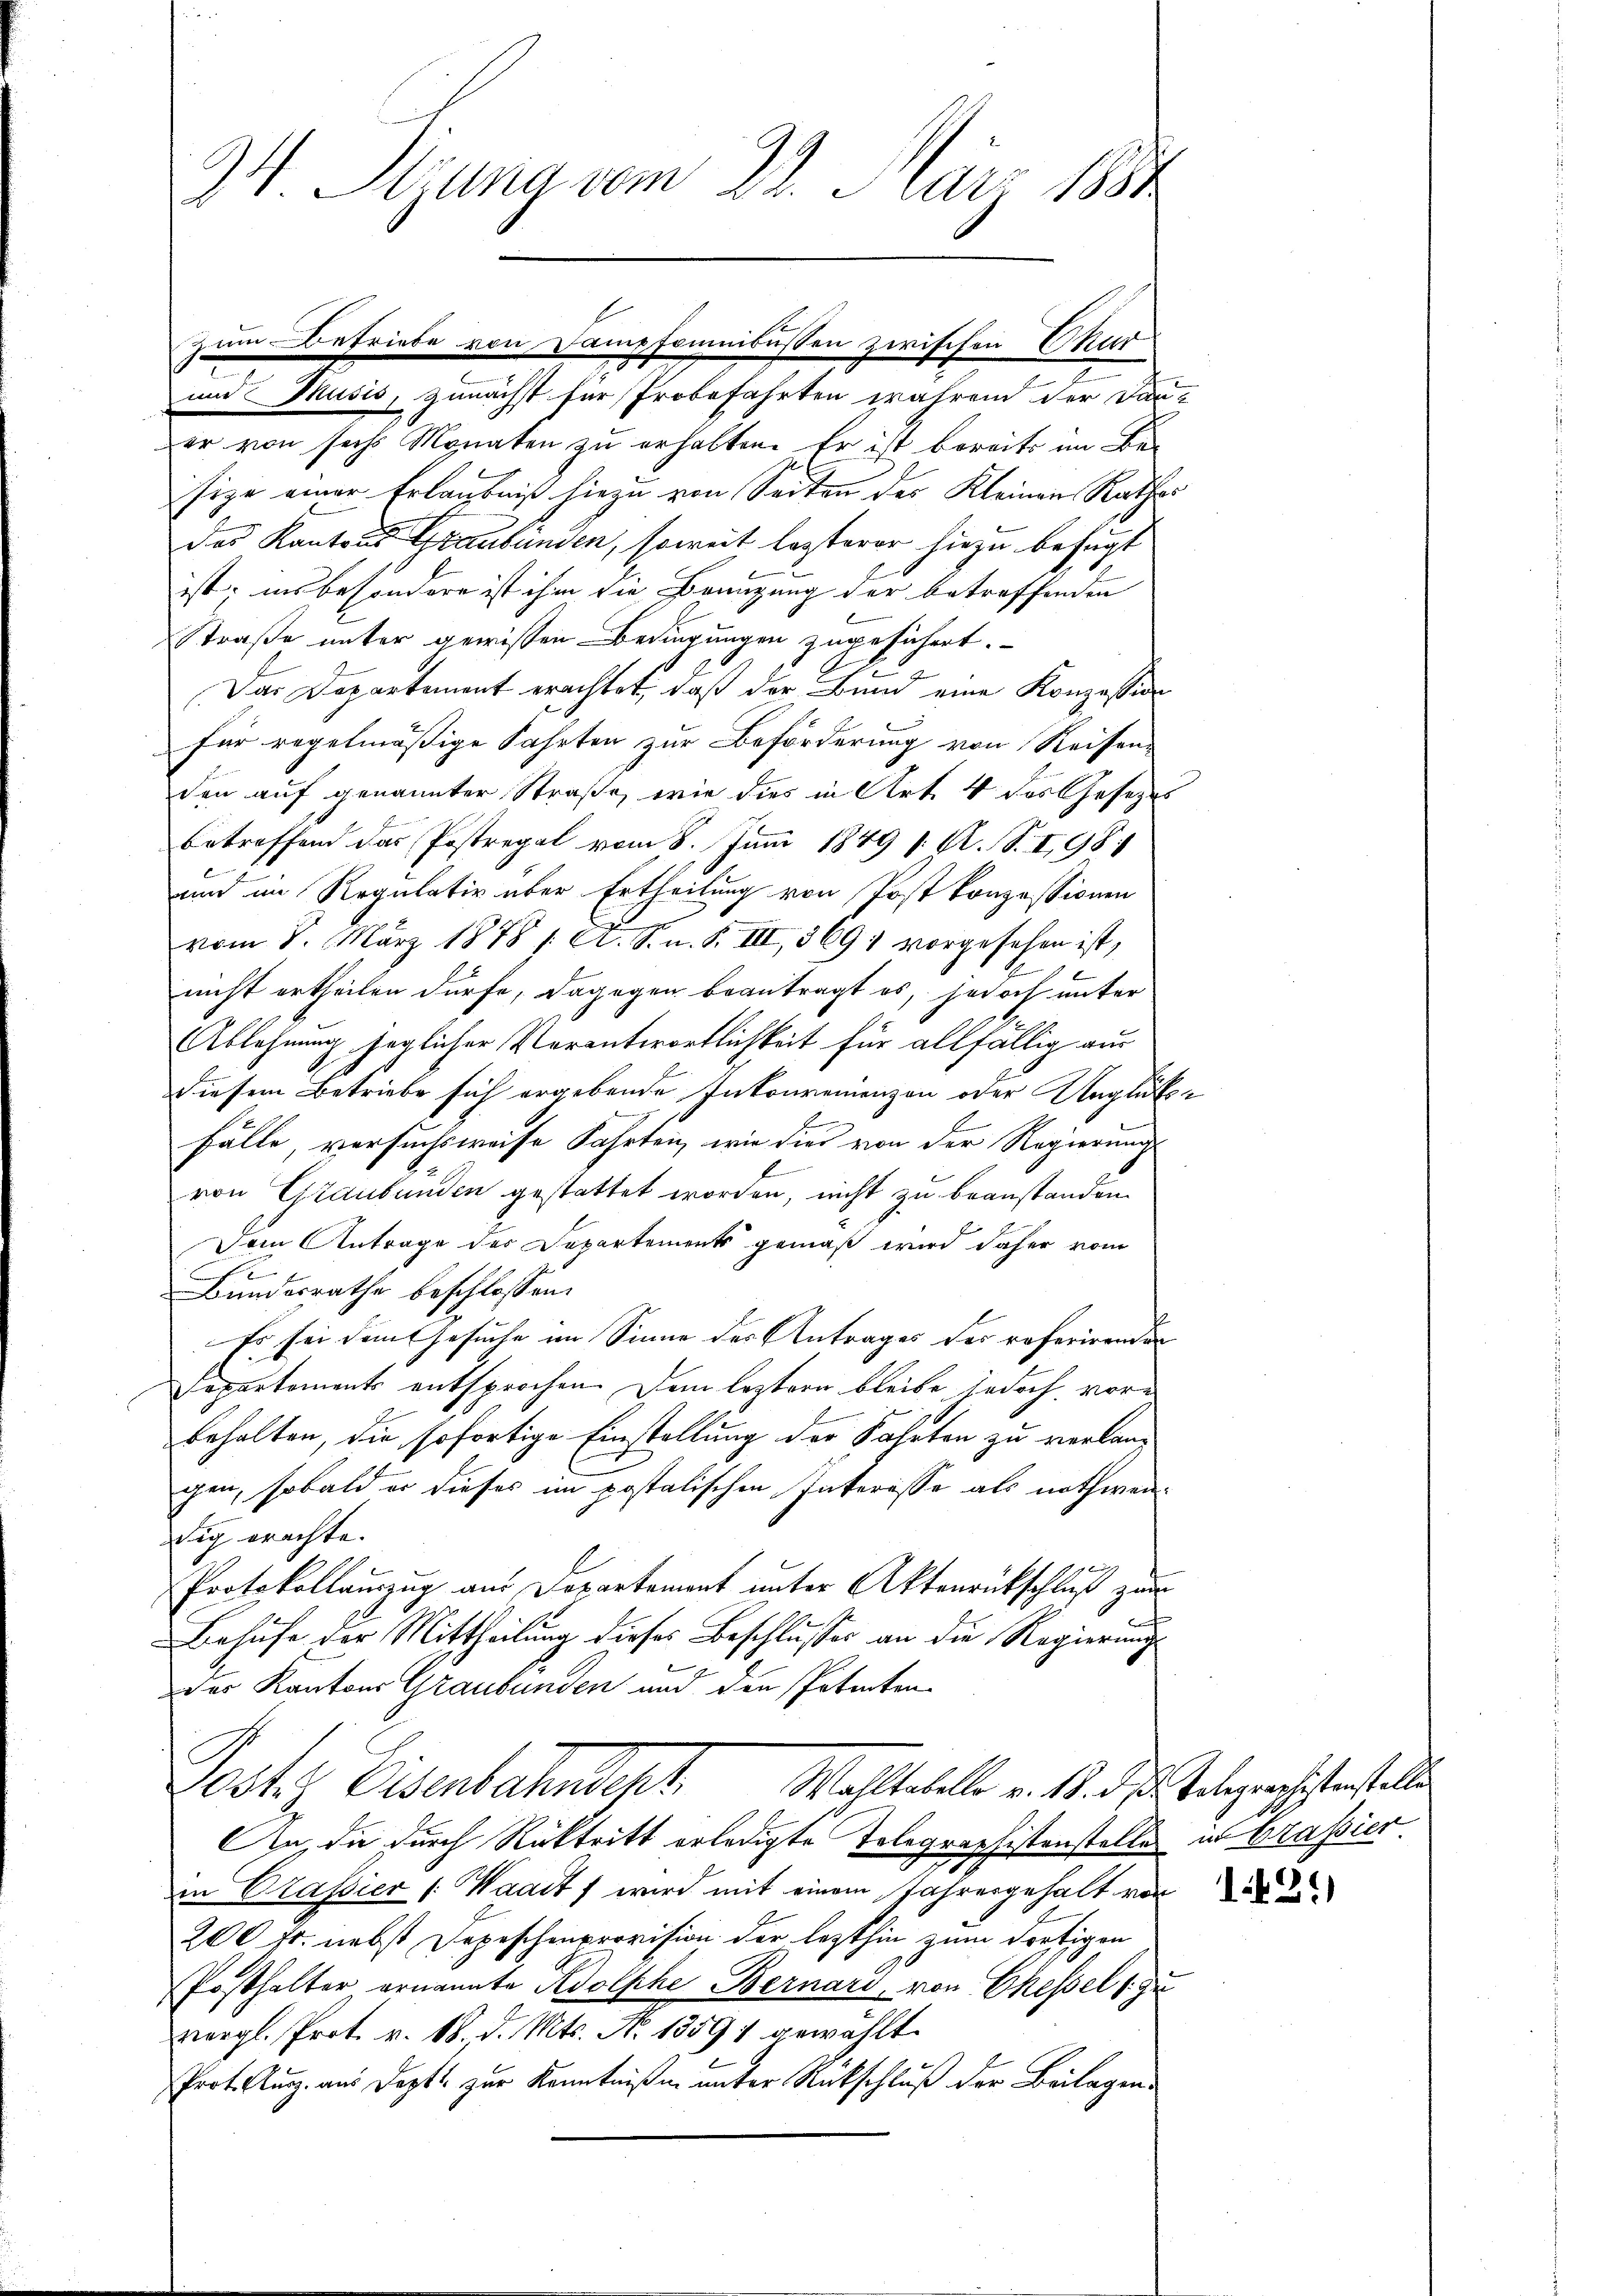
34. Stzung vom 22. März 1884

und Musis, zunächst für Probefahrten während der Dan
er von sechs Monaten zu erhalten. Er ist bereits im Be-
size einer Erlaubniß hiezu von Seiten der Kleinen Rathe
des Kantons Graubünden, soweit lezterer hiezu befugt
ist; ins besondere ist ihm die Beaugung der betreffenden
Straße unter gewissen Bedingungen zugesichert.
Das Departement erachtet, daß der Bund eine Konzession
für regelmäßige Fahrten zur Beförderung von Reisenden auf genannter Straße, wie dies in Art. 4 des Gesetze
betreffend das Postregal vom 8. Juni 1849 1. A. S. I 98.
und im Regulativ über Ertheilung von Post konzessionen
vom 8. März 1878 1. A. S. n. F. III, 3691 vorgesehen ist,
.
nicht ertheilen dürfe, dagegen beantragt es, jedoch unter
Ablehnung jeglicher Verantwortlichkeit für allfällig aus
diesem Betriebe sich ergebende Inkonvenienzen oder Unglück
n
Fälle, versuchsweise Fahrten, wie die von der Regierung
von Graubünden gestattet worden, nicht zu beanstanden.
Dem Antrage der Departements gemäß wird daher vom
d
Bundesrathe beschlossen:
Es sei dem Gesuche im Sinne der Antrages des referirenden
Separtements entsprochen. Dem leztern bleibe jedoch vorbehalten, die sofortige Einstellung der Fahrten zu verlangen, sobald er dieses im postalischen Interesse als nothwenig erachte.
d
Protokollauszug aus Departement unter Aktenrückschluß zur
Behufe der Mittheilung dieses Beschlusses an die Regierung
Der Kantons Graubünden und die Patenten
Postiz Eisenbahndert Waltabelle v. 18. d. Gelegensisterstelle
An, die durch Rücktritt erledigte Telegraphistenstellen in Grassier
in Grassier (: Waadt, wird mit einem Jahresgehalt vor
200 fr. nebst Depeschenprovision der lezthin zum dortigen
Posthalter ernannte Adolphe Bernard, von Ekessel 1 zu
vergl. Prot. v. 18. d. Mts. No 1359) gewählt.
Prot. Ausz. aus Doptt zur Kenntnißen unter Rückschluß der Beilagen

zum Befriebe von Dampsomnibussen zwischen Chur

.

1429)